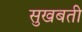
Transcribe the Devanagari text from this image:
सुखबती